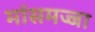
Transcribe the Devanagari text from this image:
मांसमज्जा